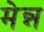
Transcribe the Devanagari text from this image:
मेन्न